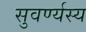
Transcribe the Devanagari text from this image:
सुवर्ण्यस्य